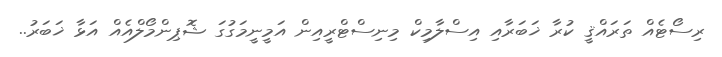
ރިސޯޓެއް ތަރައްޤީ ކުރާ ޚަބަރާއި އިސްލާމިކް މިނިސްޓްރީއިން އަމީނީމަގުގަ ޝޮޕިންމޯލްއެއް އަޅާ ޚަބަރު..